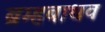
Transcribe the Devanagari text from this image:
ब्रम्हबाधव